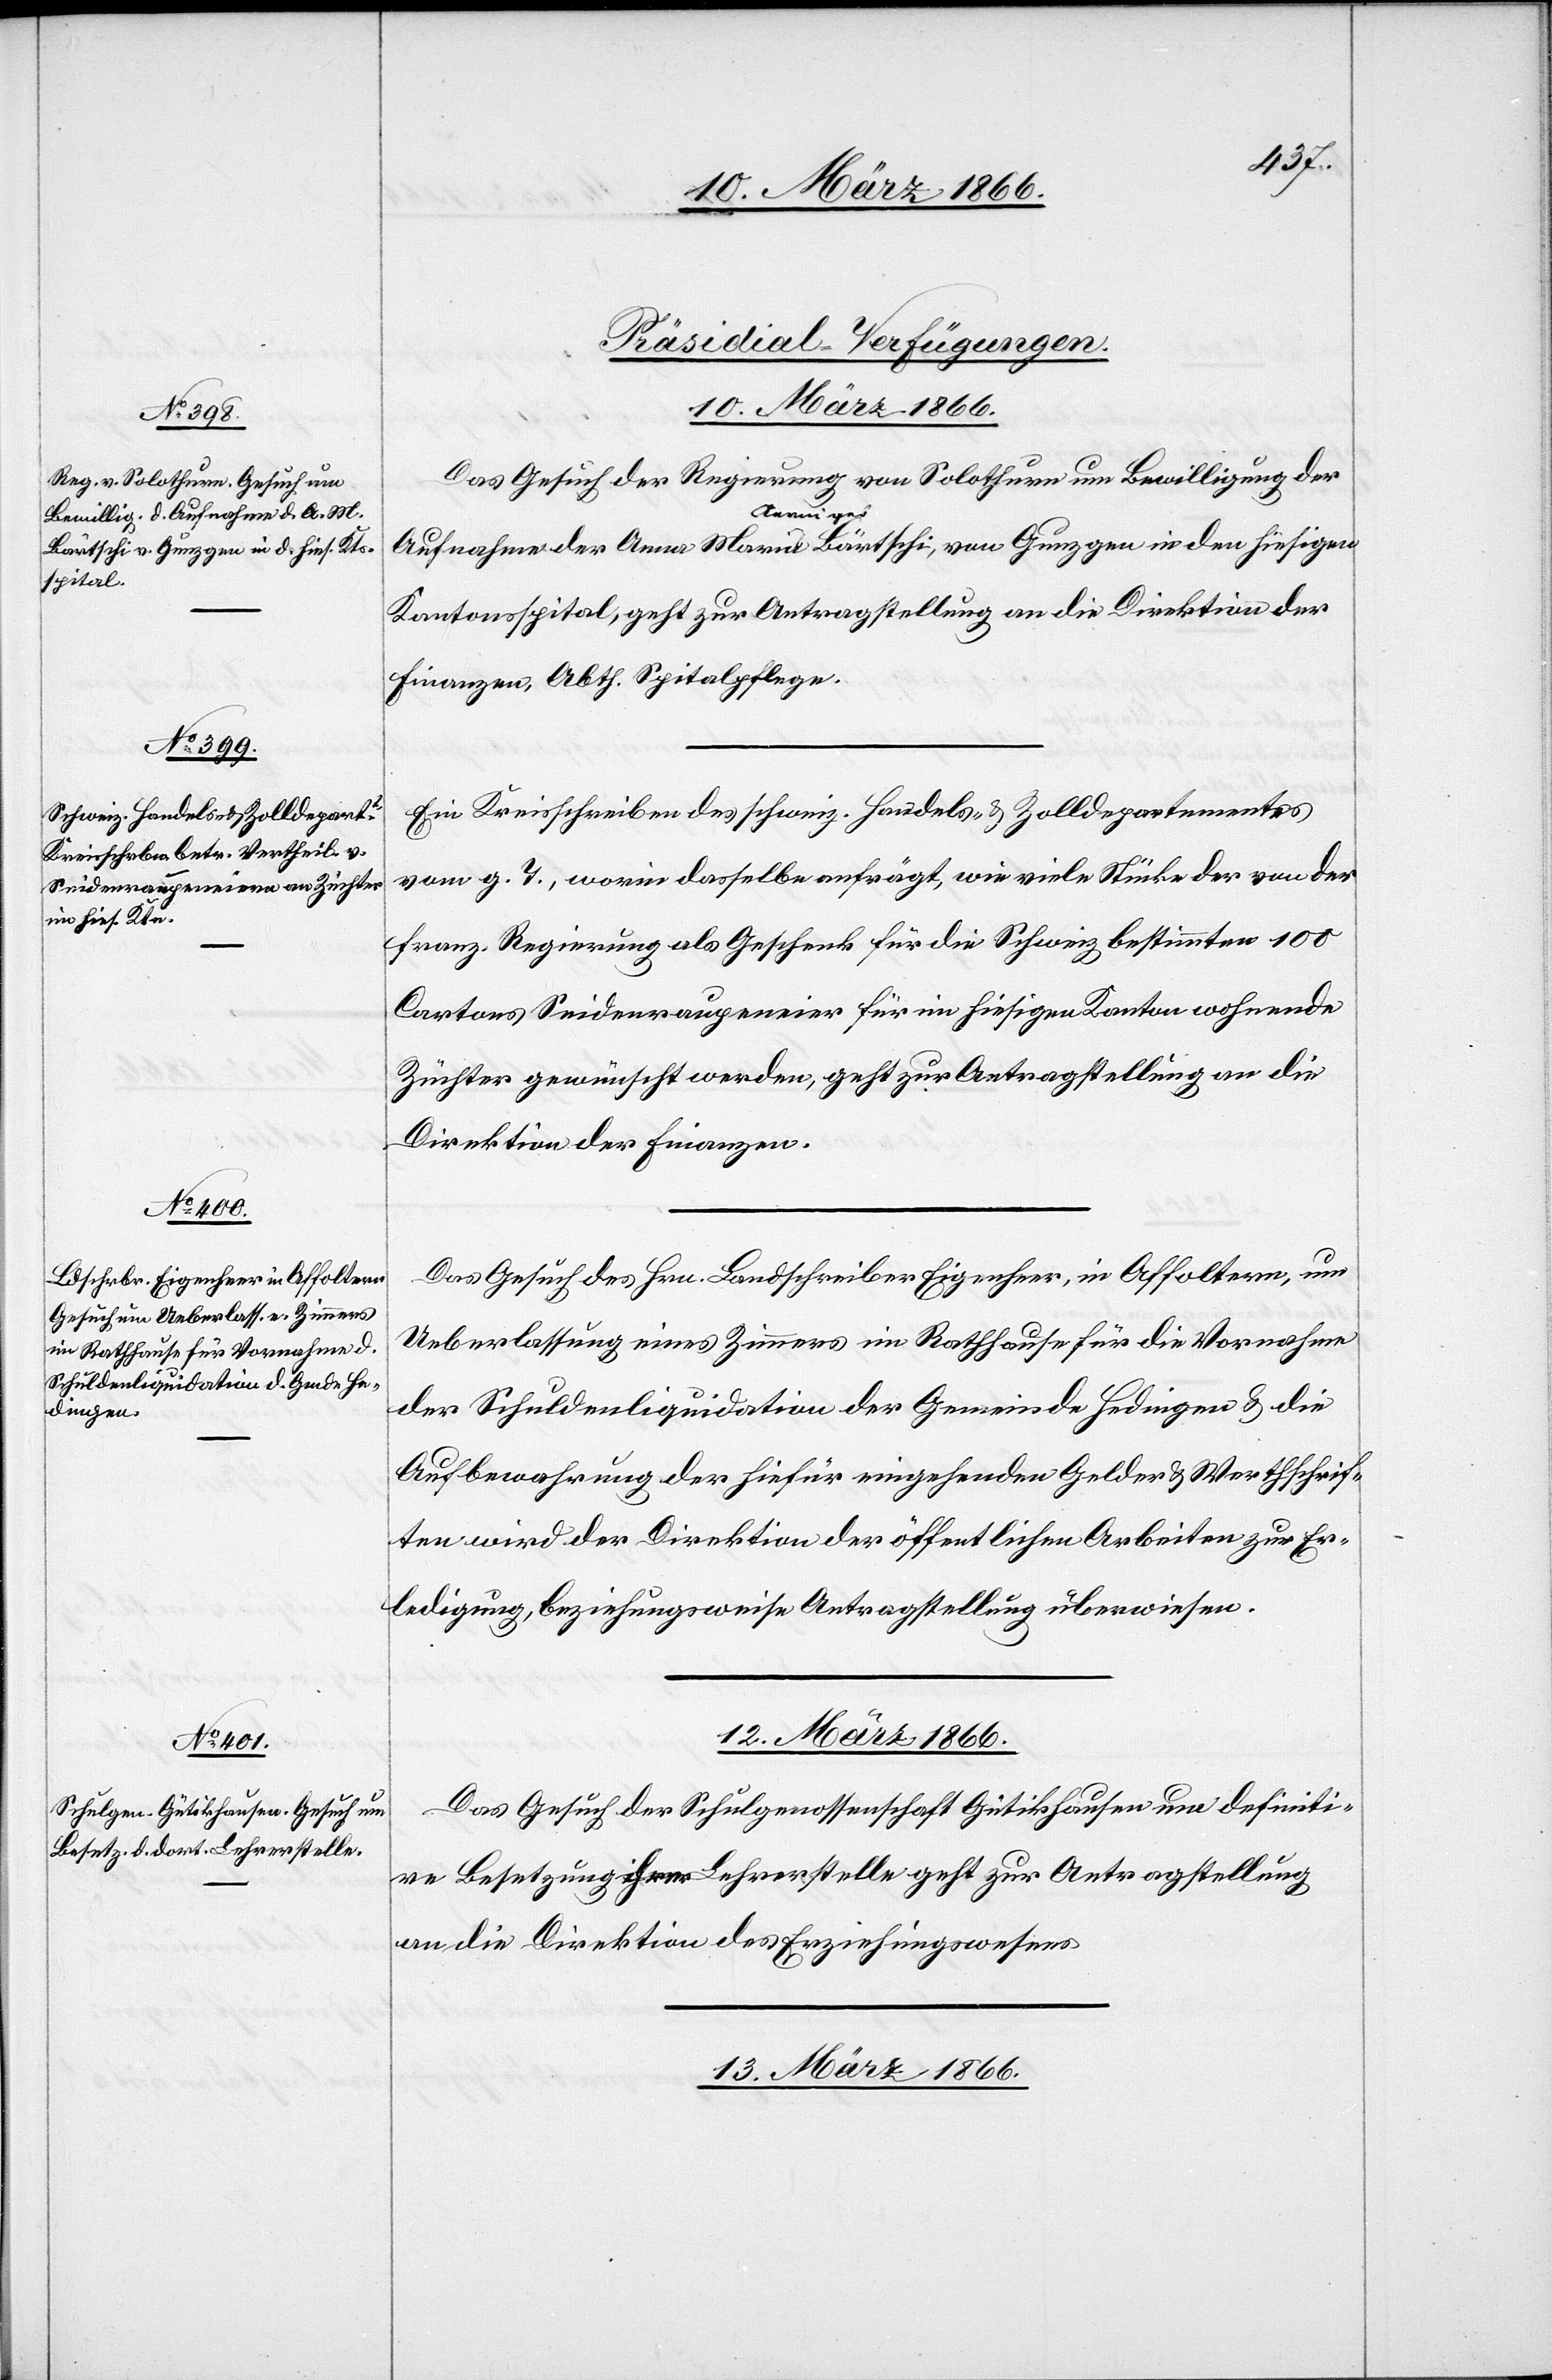
Bärtschi, von Gunzgen in den hiesigen

13. März 1866
[Präsidial-Verfügungen.]
Das Gesuch der Regierung von Solothurn um Bewilligung der
Aufnahme der
Kantonsspital, geht zur Antragstellung an die Direktion der
Finanzen, Abth. Spitalpflege.
Ein Kreisschreiben des schweiz. Handels- u. Zolldepartementes
vom g. T., worin dasselbe anfrägt, wie viele Stücke der von der
franz. Regierung als Geschenk für die Schweiz bestimmten 100
Cartons Seidenraupeneier für im hiesigen Kanton wohnende
Züchter gewünscht werden, geht zur Antragstellung an die
Direktion der Finanzen.
Das Gesuch des Hrn. Landschreiber Eigenherr, in Affoltern, um
Ueberlassung eines Zimmers im Rathause für die Vornahme
der Schuldenliquidation der Gemeinde Hedingen u. die
Aufbewahrung der hiefür eingehenden Gelder u. Werthschrif¬
ten wird der Direktion der öffentlichen Arbeiten zur Er¬
ledigung, beziehungsweise Antragstellung überwiesen.
12. März 1866.
Das Gesuch der Schulgenossenschaft Gütikhausen um definiti¬
ve Besetzung ihrer Lehrerstelle geht zur Antragstellung
an die Direktion des Erziehungswesens.